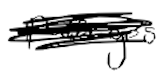
Text: passages
Cross-out: scratch
Writing tool: digital_black